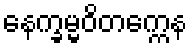
နေက္ခမ္မဝိတက္ကေန